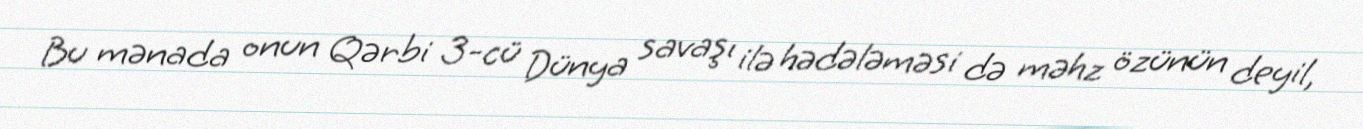
Bu mənada onun Qərbi 3-cü Dünya savaşı ilə hədələməsi də məhz özünün deyil,